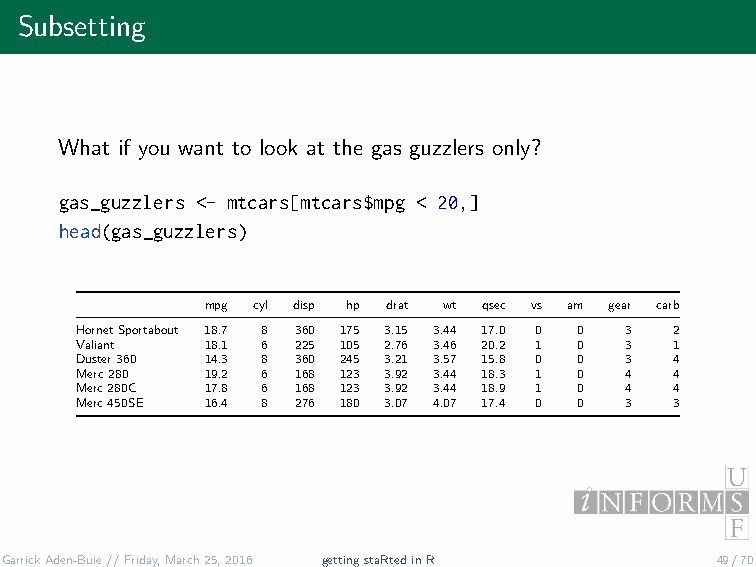
Subsetting
 What if you want to look at the gas guzzlers only?
 gas_guzzlers <- mtcars[mtcars$mpg < 20,]
 head(gas_guzzlers)
 mpg cyl disp hp drat wt qsec vs am gear carb
 HornetSportabout 18.7 8 360 175 3.15 3.44 17.0 0 0 3 2
 Valiant  18.1 6 225 105 2.76 3.46 20.2 1 0 3 1
 Duster360 14.3 8 360 245 3.21 3.57 15.8 0 0 3 4
 Merc280  19.2 6 168 123 3.92 3.44 18.3 1 0 4 4
 Merc280C 17.8 6 168 123 3.92 3.44 18.9 1 0 4 4
 Merc450SE 16.4 8 276 180 3.07 4.07 17.4 0 0 3 3
 GarrickAden-Buie//Friday,March25,2016 gettingstaRtedinR 49/70